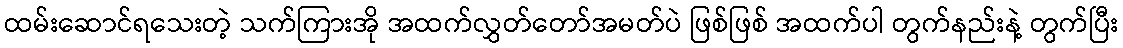
ထမ်းဆောင်ရသေးတဲ့ သက်ကြားအို အထက်လွှတ်တော်အမတ်ပဲ ဖြစ်ဖြစ် အထက်ပါ တွက်နည်းနဲ့ တွက်ပြီး